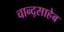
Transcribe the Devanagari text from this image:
चान्द्साहेब